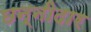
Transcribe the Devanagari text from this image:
छन्नीदार